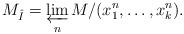
LaTeX: \begin{align*}M_{\hat I} = \varprojlim_n M/(x_1^n, \dots, x_k^n).\end{align*}